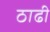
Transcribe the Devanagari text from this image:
ठाढी